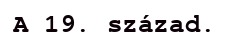
A 19. század.